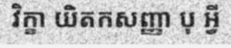
វិក្ខា យិតកសញ្ញា បុ អ្វី